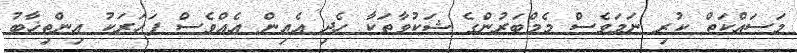
މަސައްކަތް ކުރި ނަމަވެސް މެމްބަރުންގެ ޝަކުވާތަކާ ހެދި އެއިން އެއްވެސް ފަހަރަކު އިންތިޚާބު